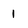
Character: 1